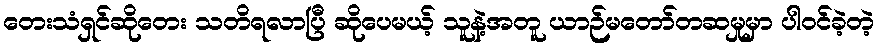
တေးသံရှင်ဆိုတေး သတိရလာပြီ ဆိုပေမယ့် သူနဲ့အတူ ယာဉ်မတော်တဆမှုမှာ ပါဝင်ခဲ့တဲ့